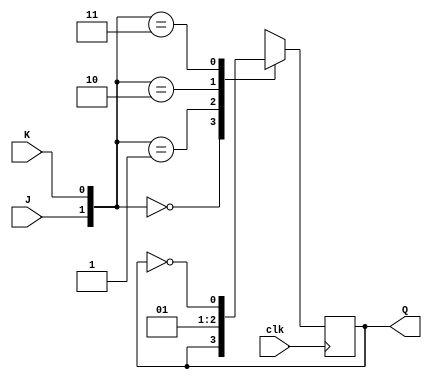
//verilog code to implement positive edge triggered jk flip flop
module jk(J,K,clk,Q);
input J,K,clk;
output Q;
reg Q;

always @(posedge clk)
begin
    case({J,K})
    2'b00:Q=Q;
    2'b01:Q=0;
    2'b10:Q=1;
    2'b11:Q=~Q;
    endcase
end
endmodule

module jk_tb;
reg J,K,clk;
wire Q;

jk i(J,K,clk,Q);

always #5 clk=~clk;

initial
begin 
    J=1'b0;
    K=1'b0;
    clk=1'b0;
    $monitor("Time:%f,J=%b,K=%b,Q=%b",$time,J,K,Q);
    #5 J=1'b0;K=1'b1;
    #10 J=1'b1;K=1'b0;
    #10 J=1'b1;K=1'b1;
    #10 J=1'b0;K=1'b0;
    #10 $finish;
end
endmodule